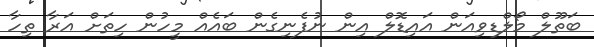
ބަތޫލް މޯލްޑިވިއަން އައިޑޮލް އިން ނުފެނިގެން ބައެއް މީހުން ހިތަށް އަރާ ތިހާ